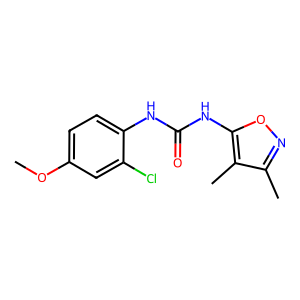
SMILES: COc1ccc(NC(=O)Nc2onc(C)c2C)c(Cl)c1
Inhibits HIV replication: Yes